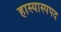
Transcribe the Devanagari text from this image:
हास्यास्पपद